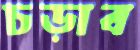
চড়াব